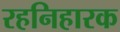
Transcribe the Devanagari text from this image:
रहनिहारक